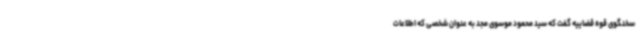
سخنگوی قوه قضاییه گفت که سید محمود موسوی مجد به عنوان شخصی که اطلاعات